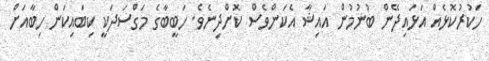
ހަކުރުކޮޅެއް އަޅައިދޭން ބުނުމުން އައިޝާ އެކަންވެސް ކޮށްދިނެވެ. ހަބީބާގެ މަގްސަދަކީ ކިބައިކަން ހިބާއަށް